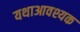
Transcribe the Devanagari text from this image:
यथाआवश्यक